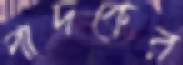
পাদকের